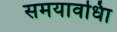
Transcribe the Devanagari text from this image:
समयावधिा